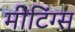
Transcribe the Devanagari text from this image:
मीटिंग्स